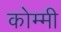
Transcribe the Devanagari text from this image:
कोम्मी